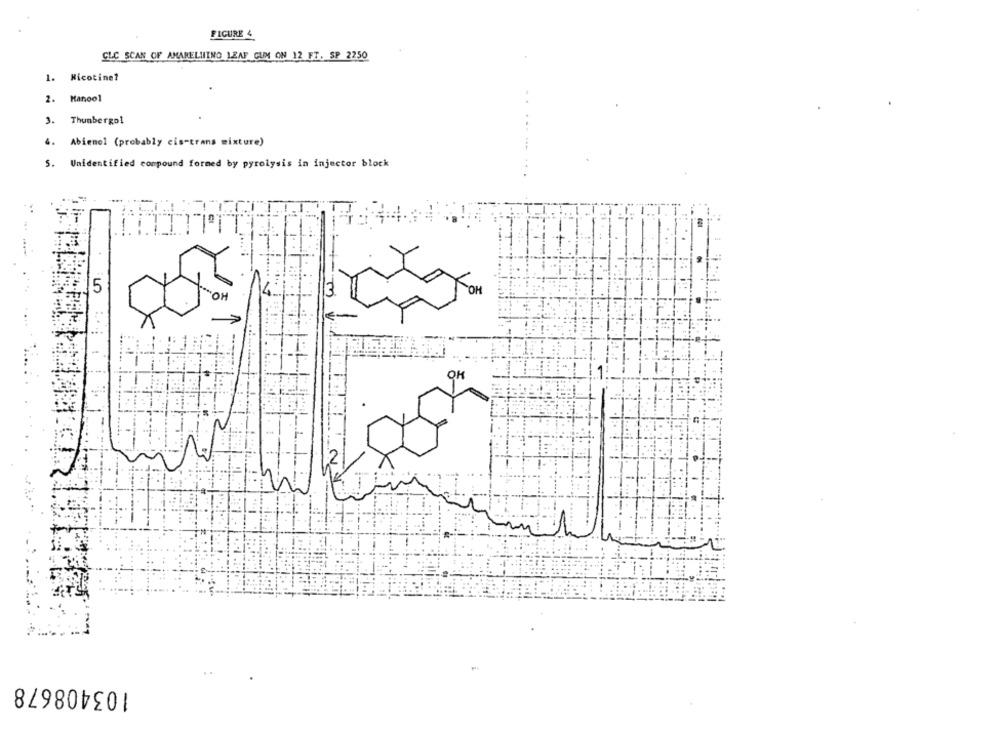
FIGURE 4
CLC SCAN OF AMARELIIINO LEAF GUM ON 12 FT, SP 2250
1. Nicotine?
2. Manool
3. Thunbergo!
4.
Abienel (probably cis-trans mixture)
5.
Unidentified compound formed by pyrolysis in injector block
5
'OH
103408678